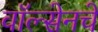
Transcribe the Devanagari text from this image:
वॉल्सेनचे